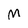
Character: M